Indian journal of veterinary science and animal husbandry - Volume 6,
Year: 1936
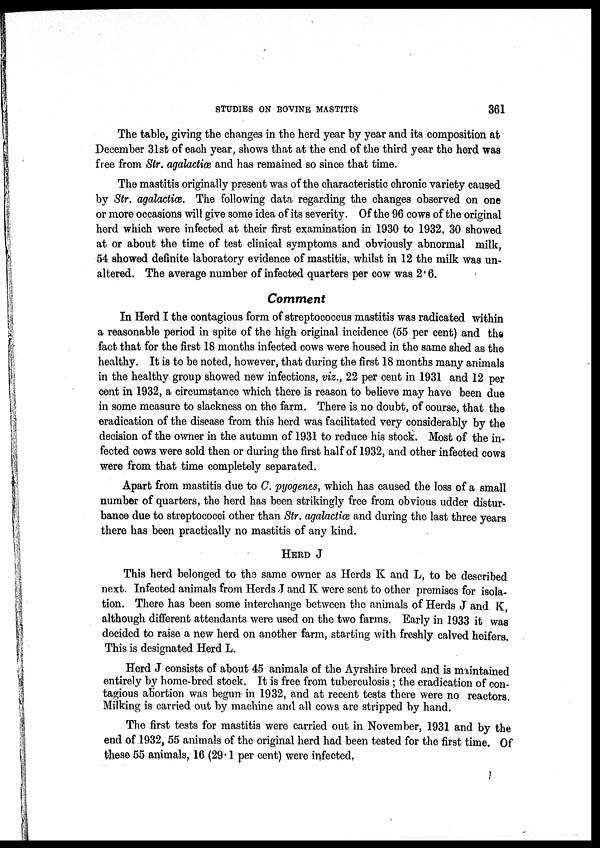
STUDIES ON BOVINE MASTITIS
361
The table, giving the changes in the herd year by year and its composition at
December 31st of each year, shows that at the end of the third year the herd was
free from Str. agalactiæ and has remained so since that time.
The mastitis originally present was of the characteristic chronic variety caused
by Str. agalactiæ. The following data regarding the changes observed on one
or more occasions will give some idea of its severity. Of the 96 cows of the original
herd which were infected at their first examination in 1930 to 1932, 30 showed
at or about the time of test clinical symptoms and obviously abnormal milk,
54 showed definite laboratory evidence of mastitis, whilst in 12 the milk was un-
altered. The average number of infected quarters per cow was 2.6.
Comment
In Herd I the contagious form of streptococcus mastitis was radicated within
a reasonable period in spite of the high original incidence (55 per cent) and the
fact that for the first 18 months infected cows were housed in the same shed as the
healthy. It is to be noted, however, that during the first 18 months many animals
in the healthy group showed new infections, viz., 22 per cent in 1931 and 12 per
cent in 1932, a circumstance which there is reason to believe may have been due
in some measure to slackness on the farm. There is no doubt, of course, that the
eradication of the disease from this herd was facilitated very considerably by the
decision of the owner in the autumn of 1931 to reduce his stock. Most of the in-
fected cows were sold then or during the first half of 1932, and other infected cows
were from that time completely separated.
Apart from mastitis due to C. pyogenes, which has caused the loss of a small
number of quarters, the herd has been strikingly free from obvious udder distur-
bance due to streptococci other than Str. agalactiæ and during the last three years
there has been practically no mastitis of any kind.
HERD J
This herd belonged to the same owner as Herds K and L, to be described
next. Infected animals from Herds J and K were sent to other premises for isola-
tion. There has been some interchange between the animals of Herds J and K,
although different attendants were used on the two farms. Early in 1933 it was
decided to raise a new herd on another farm, starting with freshly calved heifers.
This is designated Herd L.
Herd J consists of about 45 animals of the Ayrshire breed and is maintained
entirely by home-bred stock. It is free from tuberculosis ; the eradication of con-
tagious abortion was begun in 1932, and at recent tests there were no reactors.
Milking is carried out by machine and all cows are stripped by hand.
The first tests for mastitis were carried out in November, 1931 and by the
end of 1932, 55 animals of the original herd had been tested for the first time. Of
these 55 animals, 16 (29.1 per cent) were infected,